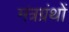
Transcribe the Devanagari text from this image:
मंत्रग्रंथों